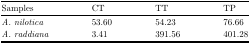
<table><thead><tr><td><b>Samples</b></td><td><b>CT</b></td><td><b>TT</b></td><td><b>TP</b></td></tr></thead><tbody><tr><td><i>A. nilotica</i></td><td>53.60</td><td>54.23</td><td>76.66</td></tr><tr><td><i>A. raddiana</i></td><td>3.41</td><td>391.56</td><td>401.28</td></tr></tbody></table>